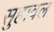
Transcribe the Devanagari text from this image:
सुहावल